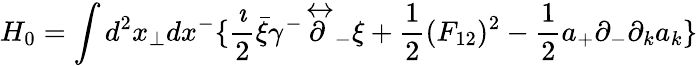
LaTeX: H_{0}=\int d^{2}x_{\perp}dx^{-}\{ {\frac{\imath}{2}}\bar{\xi}\gamma^{-}\stackrel{\leftrightarrow}{\partial}_{-}\xi+{\frac{1}{2}}(F_{12})^{2}-{\frac{1}{2}}a_{+}\partial_{-}\partial_{k}a_{k}\}